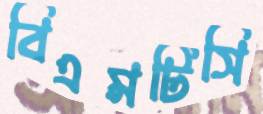
বিএমটিসি